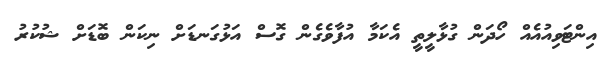
އިންޓަވިއުއެއް ހޯދަން ގުޅާލީތީ އެކަމާ އުފާވެގެން ގޮސް އަޅުގަނޑަށް ނިކަން ބޮޑަށް ޝުކުރު